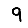
Digit: 9